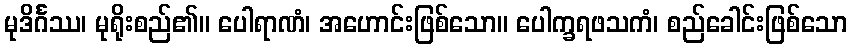
မုဒိင်္ဂဿ၊ မုရိုးစည်၏။ ပေါရာဏံ၊ အဟောင်းဖြစ်သော။ ပေါက္ခရဖသကံ၊ စည်ခေါင်းဖြစ်သော